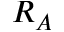
R _ { A }